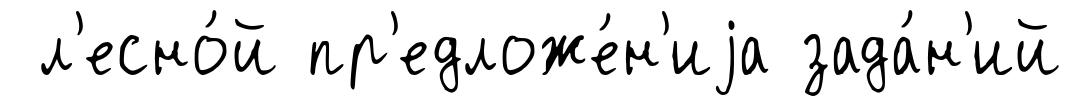
л'есно́й пр'едложе́н'иjа зада́н'ий